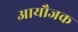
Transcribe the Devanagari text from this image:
आयौजक